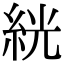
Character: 絖